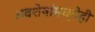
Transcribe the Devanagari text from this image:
अवशेषांमध्येही